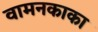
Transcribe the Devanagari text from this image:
वामनकाका